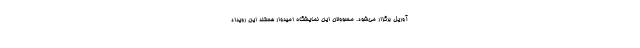
آوریل برگزار می‌شود. مسوولان این نمایشگاه امیدوار هستند این رویداد